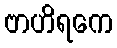
ဗာဟိရကေ